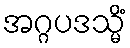
အဂ္ဂပဒသ္မိံ